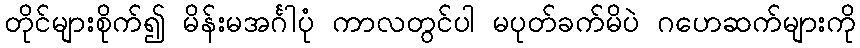
တိုင်များစိုက်၍ မိန်းမအင်္ဂါပုံ ကာလတွင်ပါ မပုတ်ခက်မိပဲ ဂဟေဆက်များကို